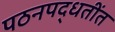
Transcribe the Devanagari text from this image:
पठनपद्धतींत